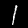
Label: 1